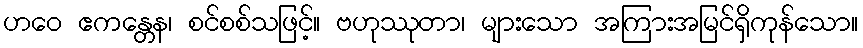
ဟဝေ ဧကန္တေန၊ စင်စစ်သဖြင့်။ ဗဟုဿုတာ၊ များသော အကြားအမြင်ရှိကုန်သော။